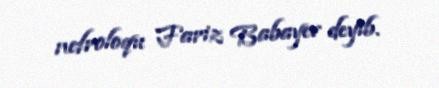
nefroloqu Fariz Babayev deyib.